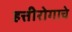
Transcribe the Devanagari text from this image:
हत्तीरोगाचे